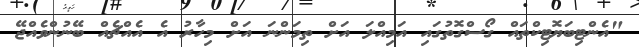
"އެންޓިބަޔޮޓިކްތައް ގޯސްގޮތުގައި އަމިއްލަ އަށް ތިމަންނަ އަށް މިހާރު އެ އެއްޗެއް ބޭނުންވެއްޖޭ